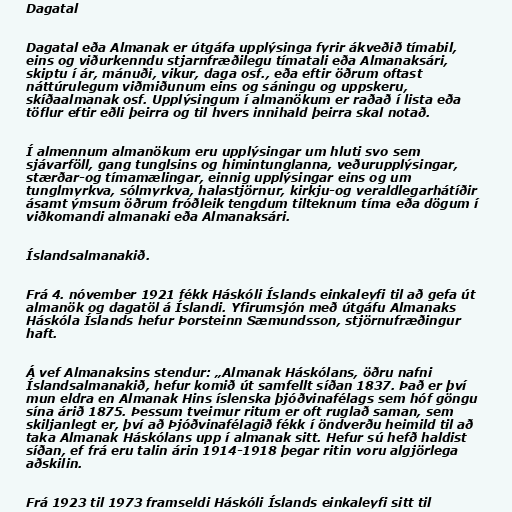
Dagatal

Dagatal eða Almanak er útgáfa upplýsinga fyrir ákveðið tímabil,
eins og viðurkenndu stjarnfræðilegu tímatali eða Almanaksári,
skiptu í ár, mánuði, vikur, daga osf., eða eftir öðrum oftast
náttúrulegum viðmiðunum eins og sáningu og uppskeru,
skíðaalmanak osf. Upplýsingum í almanökum er raðað í lista eða
töflur eftir eðli þeirra og til hvers innihald þeirra skal notað.

Í almennum almanökum eru upplýsingar um hluti svo sem
sjávarföll, gang tunglsins og himintunglanna, veðurupplýsingar,
stærðar-og tímamælingar, einnig upplýsingar eins og um
tunglmyrkva, sólmyrkva, halastjörnur, kirkju-og veraldlegarhátíðir
ásamt ýmsum öðrum fróðleik tengdum tilteknum tíma eða dögum í
viðkomandi almanaki eða Almanaksári.

Íslandsalmanakið.

Frá 4. nóvember 1921 fékk Háskóli Íslands einkaleyfi til að gefa út
almanök og dagatöl á Íslandi. Yfirumsjón með útgáfu Almanaks
Háskóla Íslands hefur Þorsteinn Sæmundsson, stjörnufræðingur
haft.

Á vef Almanaksins stendur: „Almanak Háskólans, öðru nafni
Íslandsalmanakið, hefur komið út samfellt síðan 1837. Það er því
mun eldra en Almanak Hins íslenska þjóðvinafélags sem hóf göngu
sína árið 1875. Þessum tveimur ritum er oft ruglað saman, sem
skiljanlegt er, því að Þjóðvinafélagið fékk í öndverðu heimild til að
taka Almanak Háskólans upp í almanak sitt. Hefur sú hefð haldist
síðan, ef frá eru talin árin 1914-1918 þegar ritin voru algjörlega
aðskilin.

Frá 1923 til 1973 framseldi Háskóli Íslands einkaleyfi sitt til